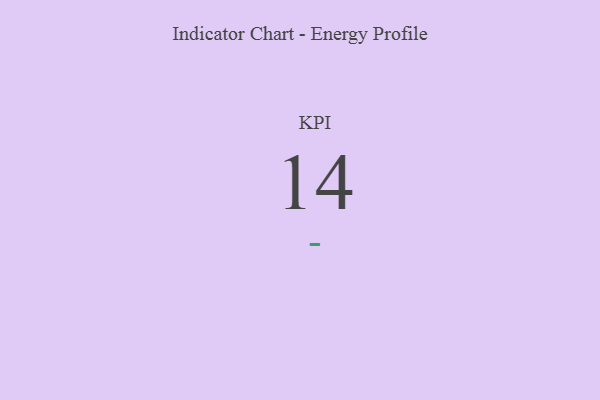
{"axis": {"x": "KPI", "y": "Value"}, "legend": [""], "data": [{"x": "KPI", "y": 14, "type": ""}]}